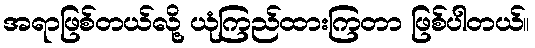
အရာဖြစ်တယ်လို့ ယုံကြည်ထားကြတာ ဖြစ်ပါတယ်။